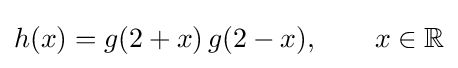
h(x)=g(2+x)\,g(2-x),\qquad x\in \mathbb {R}